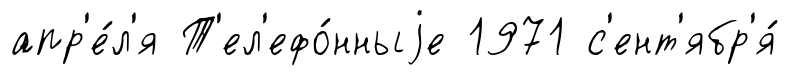
апр'е́л'я Т'ел'ефо́нныjе 1971 с'ент'ябр'я́